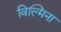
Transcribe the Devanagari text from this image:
विल्‍मिना